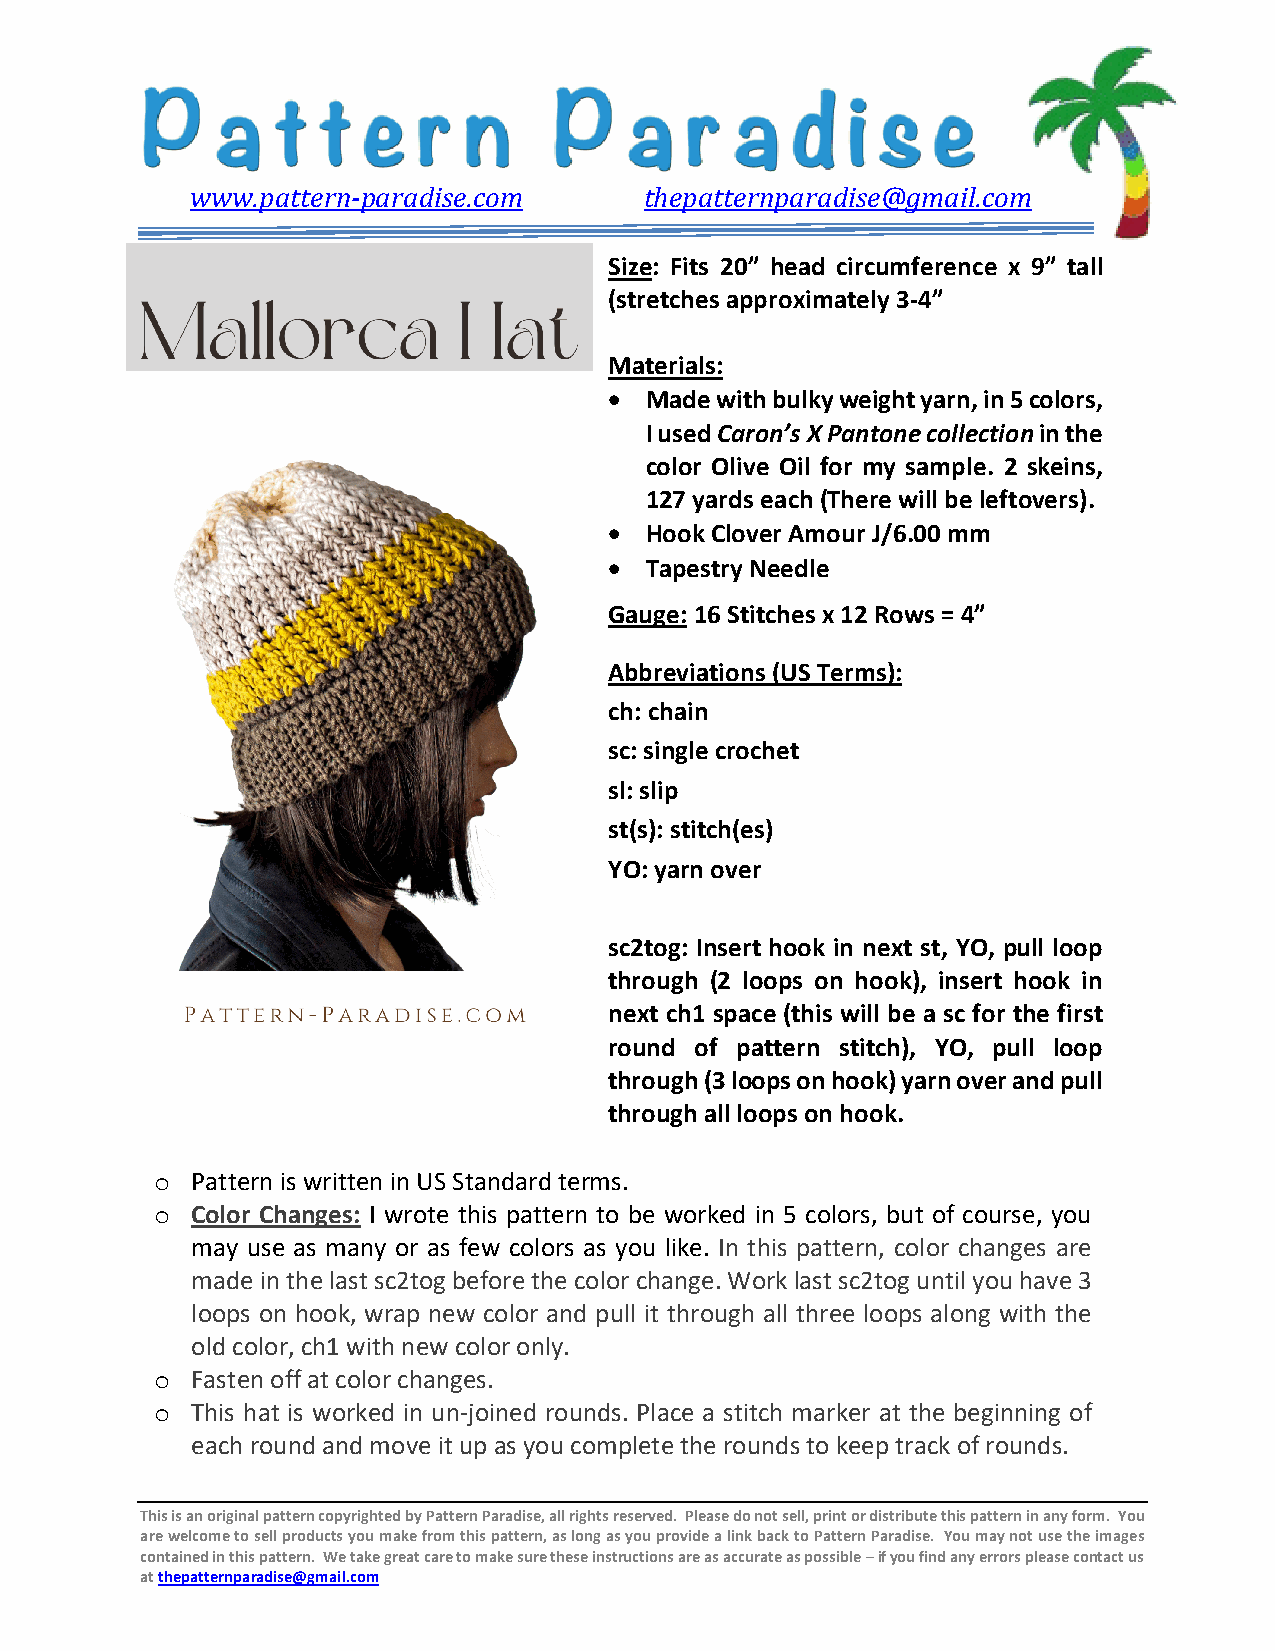
www.pattern-paradise.com      thepatternparadise@gmail.com
 Size: Fits 20” head circumference x 9” tall
 (stretches approximately 3-4”
 Materials:
 •  Made with bulky weight yarn, in 5 colors,
 I used Caron’s X Pantone collection in the
 color Olive Oil for my sample. 2 skeins,
 127 yards each (There will be leftovers).
 •  Hook Clover Amour J/6.00 mm
 •  Tapestry Needle
 Gauge: 16 Stitches x 12 Rows = 4”
 Abbreviations (US Terms):
 ch: chain
 sc: single crochet
 sl: slip
 st(s): stitch(es)
 YO: yarn over
 sc2tog: Insert hook in next st, YO, pull loop
 through (2 loops on hook), insert hook in
 next ch1 space (this will be a sc for the first
 round of pattern stitch), YO, pull loop
 through (3 loops on hook) yarn over and pull
 through all loops on hook.
 o  Pattern is written in US Standard term s.
 o  Color Changes: I wrote this pattern to be worked in 5 colors, but of course, you
 may use as many or as few colors as you like. In this pattern, color changes are
 made in the last sc2tog before the colo r change. Work last sc2tog until you have 3
 loops on hook, wrap new color and p ull it through all three loops along with the
 old color, ch1 with new color only.
 o  Fasten off at color changes.
 o  This hat is worked in un-joined rounds. Place a stitch marker at the beginning of
 each round and move it up as you complete the rounds to keep track of rounds.
 This is an original pattern copyrighted by Pattern Paradise, all rights reserved. Please do not sell, print or distribute this pattern in any form. You
 are welcome to sell products you make from this pattern, as long as you provide a link back to Pattern Paradise. You may not use the images
 contained in this pattern. We take great care to make sure these instructions are as accurate as possible – if you find any errors please contact us
 at thepatternparadise@gmail.com